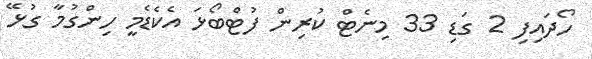
ހޯދައިފި 2 ގަޑި 33 މިނެޓް ކުރިން ފުޓްބޯޅަ އެކެޑެމީ ހިންގުމާ ގުޅޭ